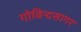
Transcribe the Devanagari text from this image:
गोविन्दसागर